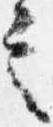
言